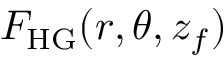
F _ { \mathrm { H G } } ( r , \theta , z _ { f } )